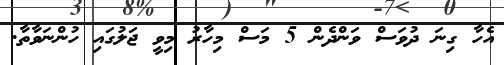
އެހާ ގިނަ ދުވަސް ވަންދެން 5 މަސް މިހާރު މިވީ ޖަލުގައި ހުންނަވާތާ.